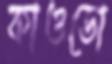
কাওডো